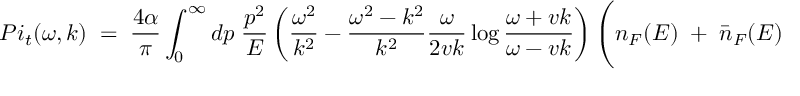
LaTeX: { P i _ { t } ( \omega , k ) \; = \; { \frac { 4 \alpha } { \pi } } \int _ { 0 } ^ { \infty } d p \; { \frac { p ^ { 2 } } { E } } \left( { \frac { \omega ^ { 2 } } { k ^ { 2 } } } - { \frac { \omega ^ { 2 } - k ^ { 2 } } { k ^ { 2 } } } { \frac { \omega } { 2 v k } } \log { \frac { \omega + v k } { \omega - v k } } \right) \Bigg ( n _ { F } ( E ) \; + \; { \bar { n } } _ { F } ( E ) \Bigg ) \; , }